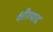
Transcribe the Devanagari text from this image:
क्षीरपाद